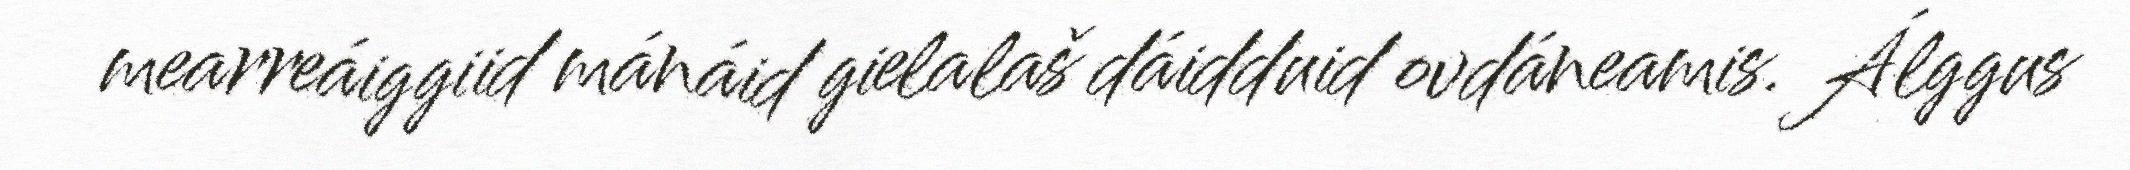
mearreáiggiid mánáid gielalaš dáidduid ovdáneamis. Álggus